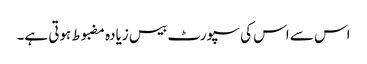
اس سے اس کی سپورٹ بیس زیادہ مضبوط ہوتی ہے۔